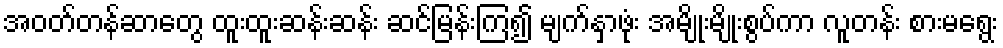
အဝတ်တန်ဆာတွေ ထူးထူးဆန်းဆန်း ဆင်မြန်းကြ၍ မျက်နှာဖုံး အမျိုးမျိုးစွပ်ကာ လူတန်း စားမရွေး